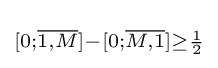
{\scriptstyle [0;{\overline {1,M}}]-[0;{\overline {M,1}}]\geq {\frac {1}{2}}}